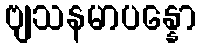
ဗျသနမာပန္နော